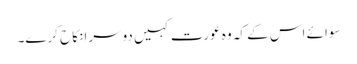
سوائے اس کے کہ وہ عورت کہیں دوسرا نکاح کرے۔